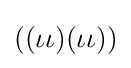
((\iota \iota )(\iota \iota ))